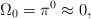
LaTeX: \begin{align*}\Omega_0=\pi^{0} \approx 0,\end{align*}